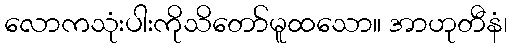
လောကသုံးပါးကိုသိတော်မူထသော။ အာဟုတီနံ၊